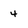
Character: 4